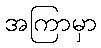
အကြာမှာ